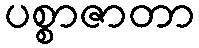
ပစ္စာဇာတာ